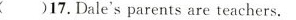
()18.Dale and Jane are not in the same school.